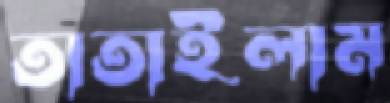
তাতাইলাম